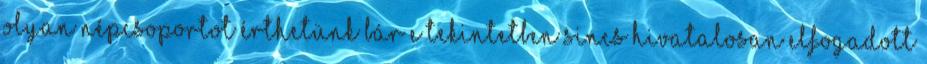
olyan népcsoportot érthetünk bár e tekintetben sincs hivatalosan elfogadott